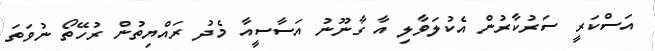
އަސްކަރީ ސަރުކާރުން އެކުލަވާލި އާ ގާނޫނު އަސާސީއާ މެދު ރައްޔިތުން ރުހޭތޯ ނުވަތަ